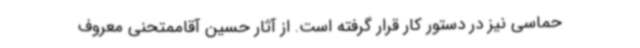
حماسی نیز در دستور کار قرار گرفته است. از آثار حسین آقاممتحنی معروف